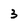
Character: 3